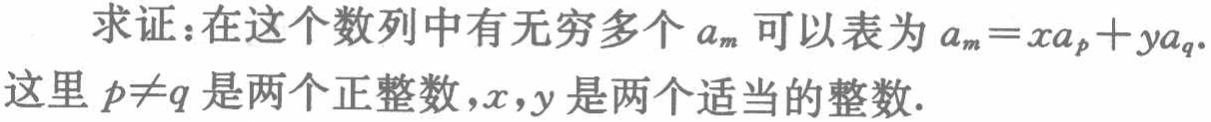
求证：在这个数列中有无穷多个\(a_{m}\)可以表为\(a_{m}=xa_{p}+ya_{q}\).

这里 \(p\neq q\)是两个正整数，\(x,y\)是两个适当的整数.